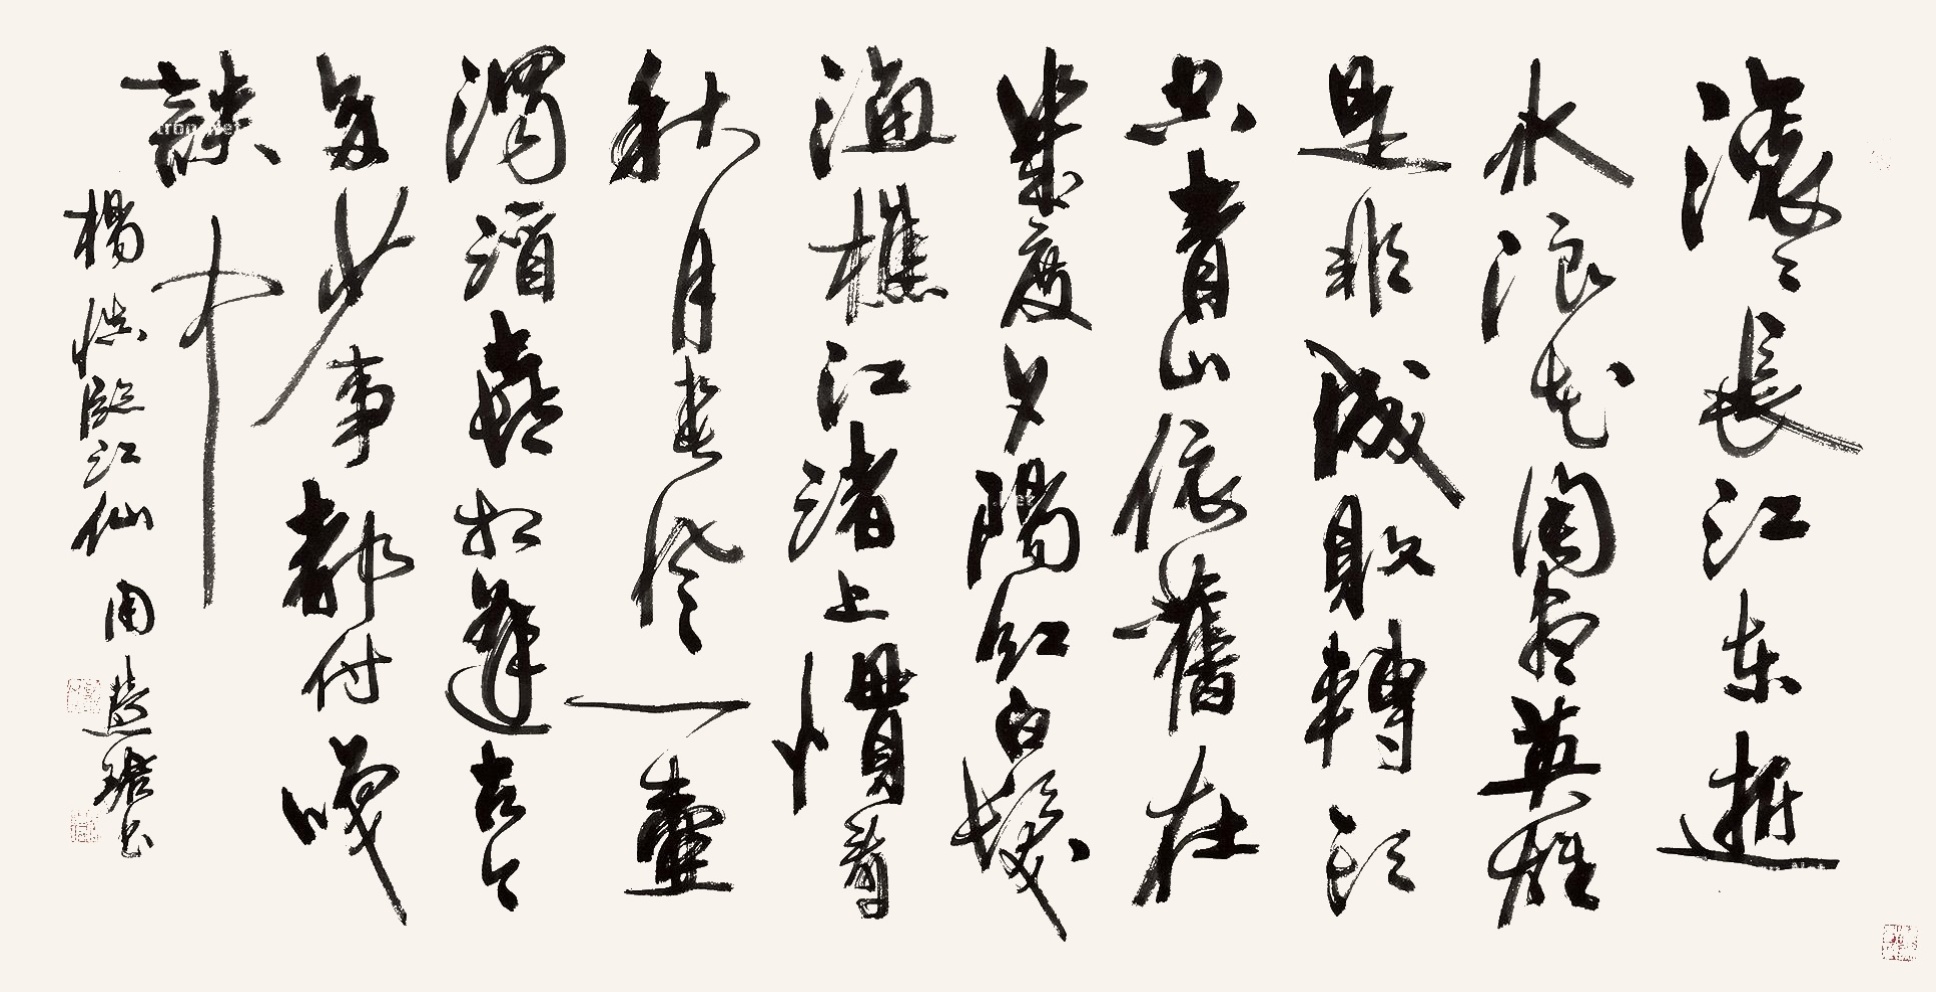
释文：滚滚长江东逝水，浪花淘尽英雄。是非成败转头空。青山依旧在，几度夕阳红。白发渔樵江渚上，惯看秋月春风。一壶浊酒喜相逢。古今多少事，都付笑谈中。杨慎《临江仙》。周慧珺书。